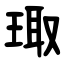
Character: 㻓